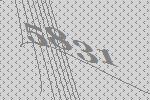
5831